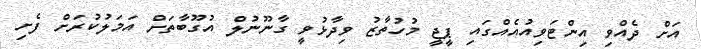
އަށް ދެއްވި އިންޓަވިއުއެއްގައި ޕީޖީ މުހުތާޒު ވިދާޅުވީ ގާނޫނުލް އުގޫބާތަށް އަމަލުކުރަށް ފެށި